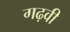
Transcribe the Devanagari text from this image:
गढ़वी